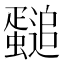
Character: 𲀏